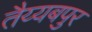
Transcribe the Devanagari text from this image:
तैय्यबपुर